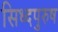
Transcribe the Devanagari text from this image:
सिध्दपुरुष